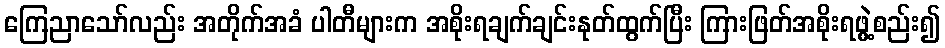
ကြေညာသော်လည်း အတိုက်အခံ ပါတီများက အစိုးရချက်ချင်းနုတ်ထွက်ပြီး ကြားဖြတ်အစိုးရဖွဲ့စည်း၍